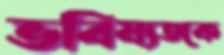
ভবিষ্যতকে